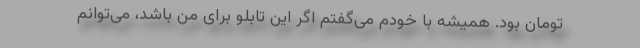
تومان بود. همیشه با خودم می‌گفتم اگر این تابلو برای من باشد، می‌توانم